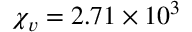
\chi _ { v } = 2 . 7 1 \times 1 0 ^ { 3 }